Annual report on the mental hospital in the Central Provinces and Berar (Nagpur) - 1927-1951
Year: 1927
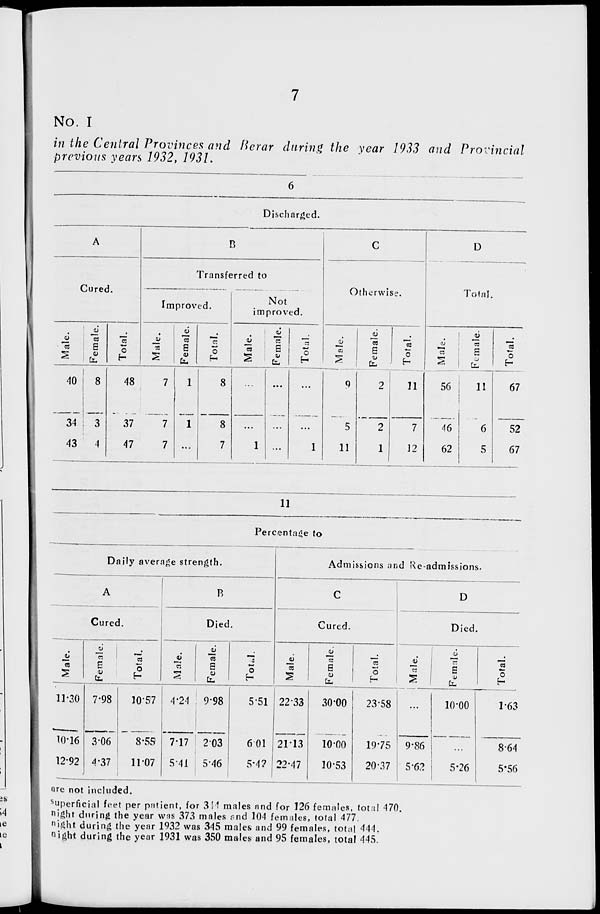
7
No. I
in the Central Provinces and Berar during the year 1933 and Provincial
previous years 1932, 1931.
6
Discharged.
A
Cured.
Male.
40
34
43
Female.
8
3
4
Total.
48
37
47
B
Transferred to
Improved.
Male.
7
7
7
Female.
1
1
...
Total.
8
8
7
Not
improved.
Male.
...
...
1
Female.
...
...
...
Total.
...
...
1
C
Otherwise.
Male.
9
5
11
Female.
2
2
1
Total.
11
7
12
D
Total.
Male.
56
46
62
Female.
11
6
5
Total.
67
52
67
11
Percentage to
Daily average strength.
A
Cured.
Male.
11.30
10.16
12.92
Female.
7.98
3.06
4.37
Total.
10.57
8.55
11.07
B
Died.
Male.
4.24
7.17
5.41
Female.
9.98
2.03
5.46
Total.
5.51
6.01
5.42
Admissions and Re-admissions.
C
Cured.
Male.
22.33
21.13
22.47
Female.
30.00
10.00
10.53
Total.
23.58
19.75
20.37
D
Died.
Male.
...
9.86
5.62
Female.
10.00
...
5.26
Total.
1.63
8.64
5.56
are not included.
Superficial feet per patient, for 314 males and for 126 females, total 470.
night during the year was 373 males and 104 females, total 477.
night during the year 1932 was 345 males and 99 females, total 444.
night during the year 1931 was 350 males and 95 females, total 445.